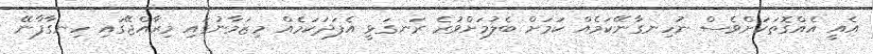
އެއީ އެއްގޮތަކަށްވެސް ނުހިނގާނޭކަމެއް ކަމަށް ބެލުމަށްވުރެ ރަނގަޅީ އެފަދަކަމެއް މިޒަމާނުގައި މިރާއްޖޭގައި ހިނގާފާނޭ